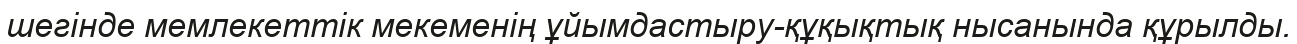
шегінде мемлекеттік мекеменің ұйымдастыру-құқықтық нысанында құрылды.